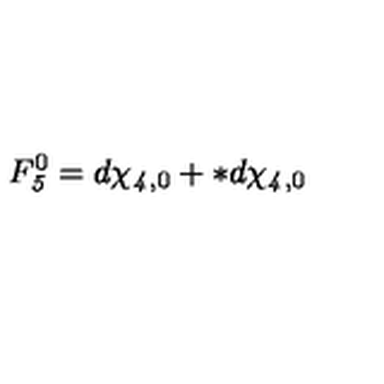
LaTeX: F _ { \it 5 } ^ { 0 } = d \chi _ { { \it 4 } , 0 } + * d \chi _ { { \it 4 } , 0 }